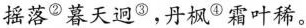
摇落^{②}暮天迥^{③}，丹枫^{④}霜叶稀。